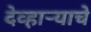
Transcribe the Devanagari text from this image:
देव्हाऱ्याचे